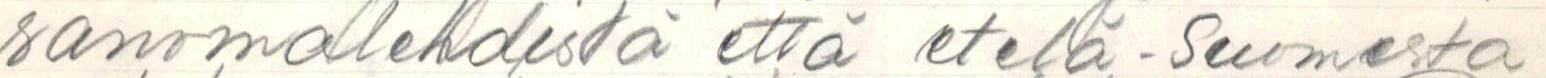
sanomalehdistä että etelä-Suomesta